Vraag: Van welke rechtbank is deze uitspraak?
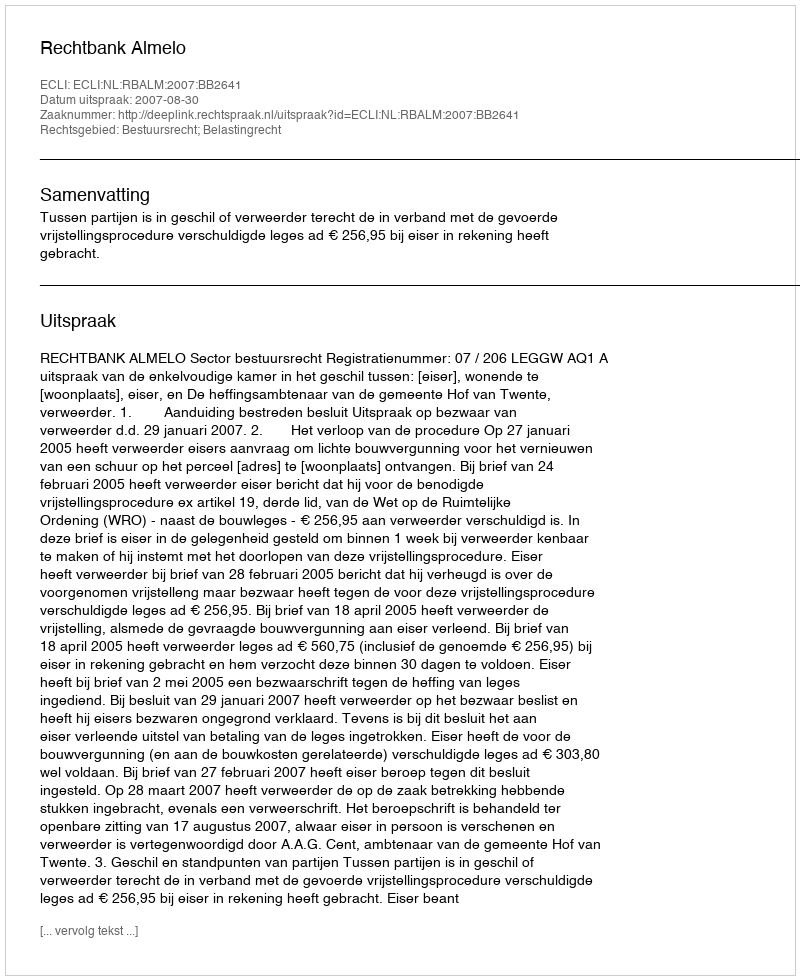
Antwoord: Rechtbank Almelo